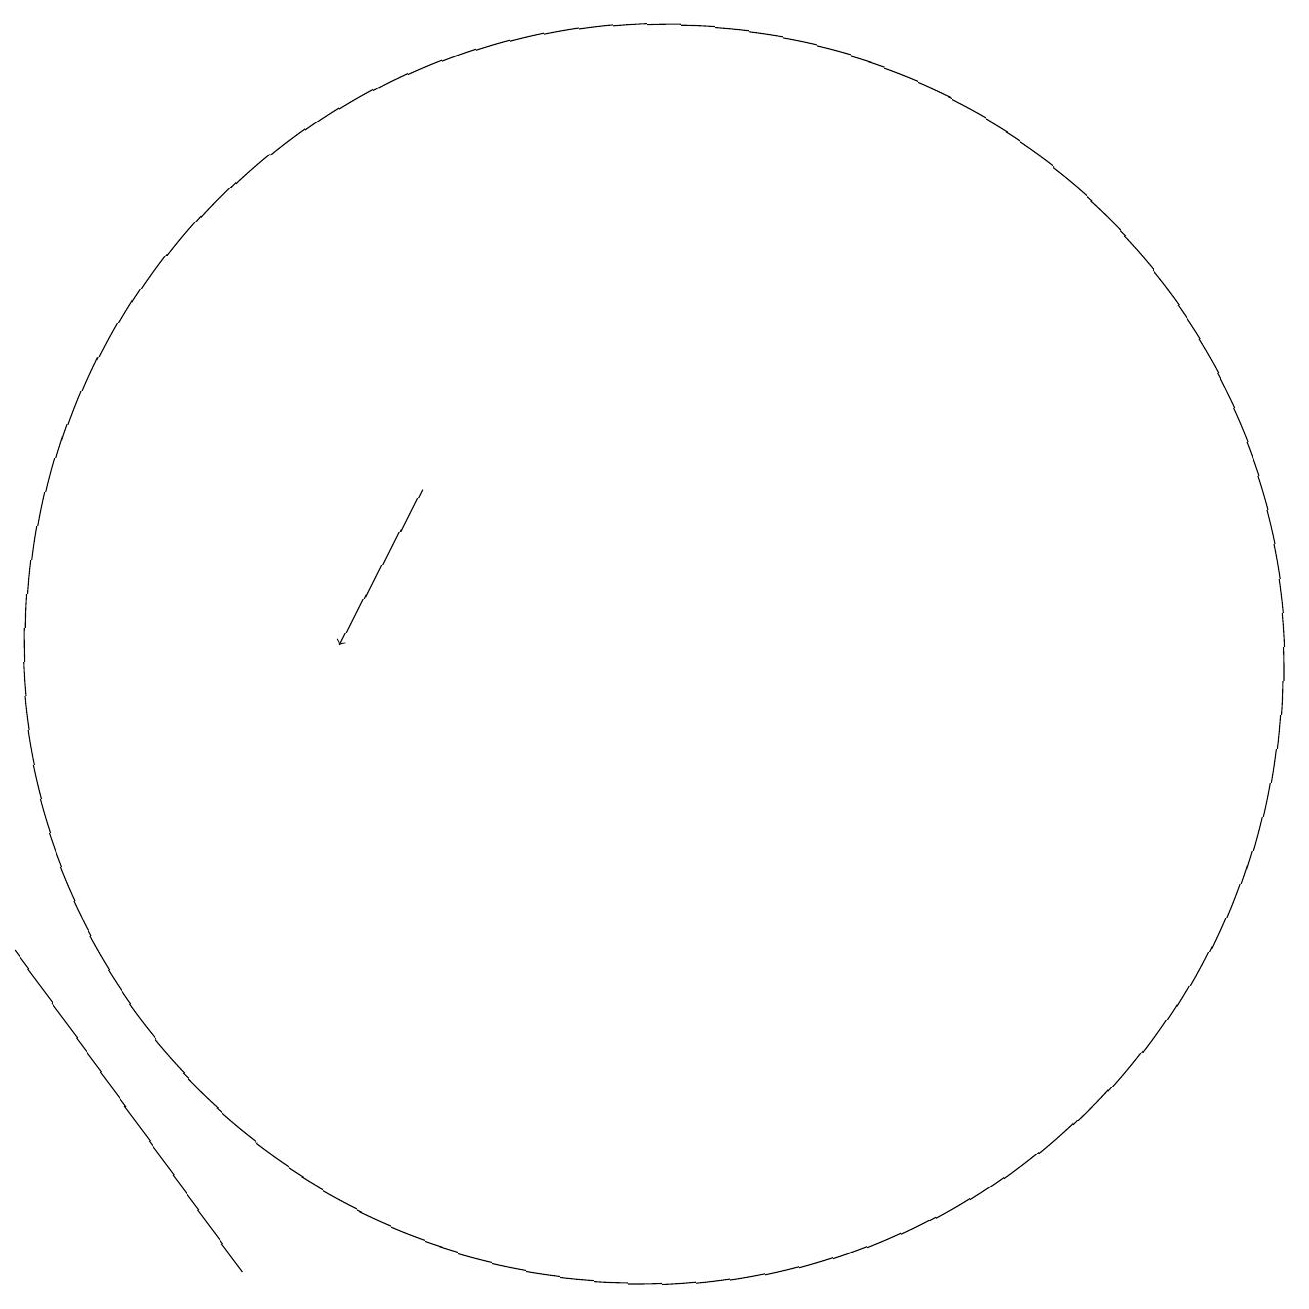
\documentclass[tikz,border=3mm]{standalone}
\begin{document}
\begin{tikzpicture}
\draw[->] (7,13) -- (6,11);
\draw (10,11) circle (8);
\draw (5,3) -- (2,7) -- (5,3) -- cycle;
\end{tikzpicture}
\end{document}